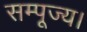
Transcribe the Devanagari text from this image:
सम्पूज्य।